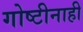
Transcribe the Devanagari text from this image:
गोष्टीनाही